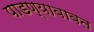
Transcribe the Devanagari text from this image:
पाडण्याबाबत